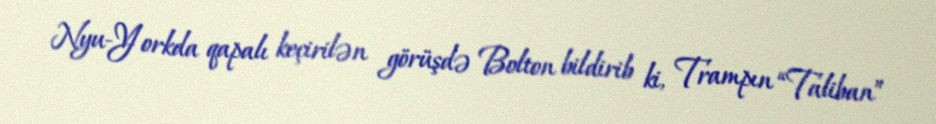
Nyu-Yorkda qapalı keçirilən görüşdə Bolton bildirib ki, Trampın “Taliban”